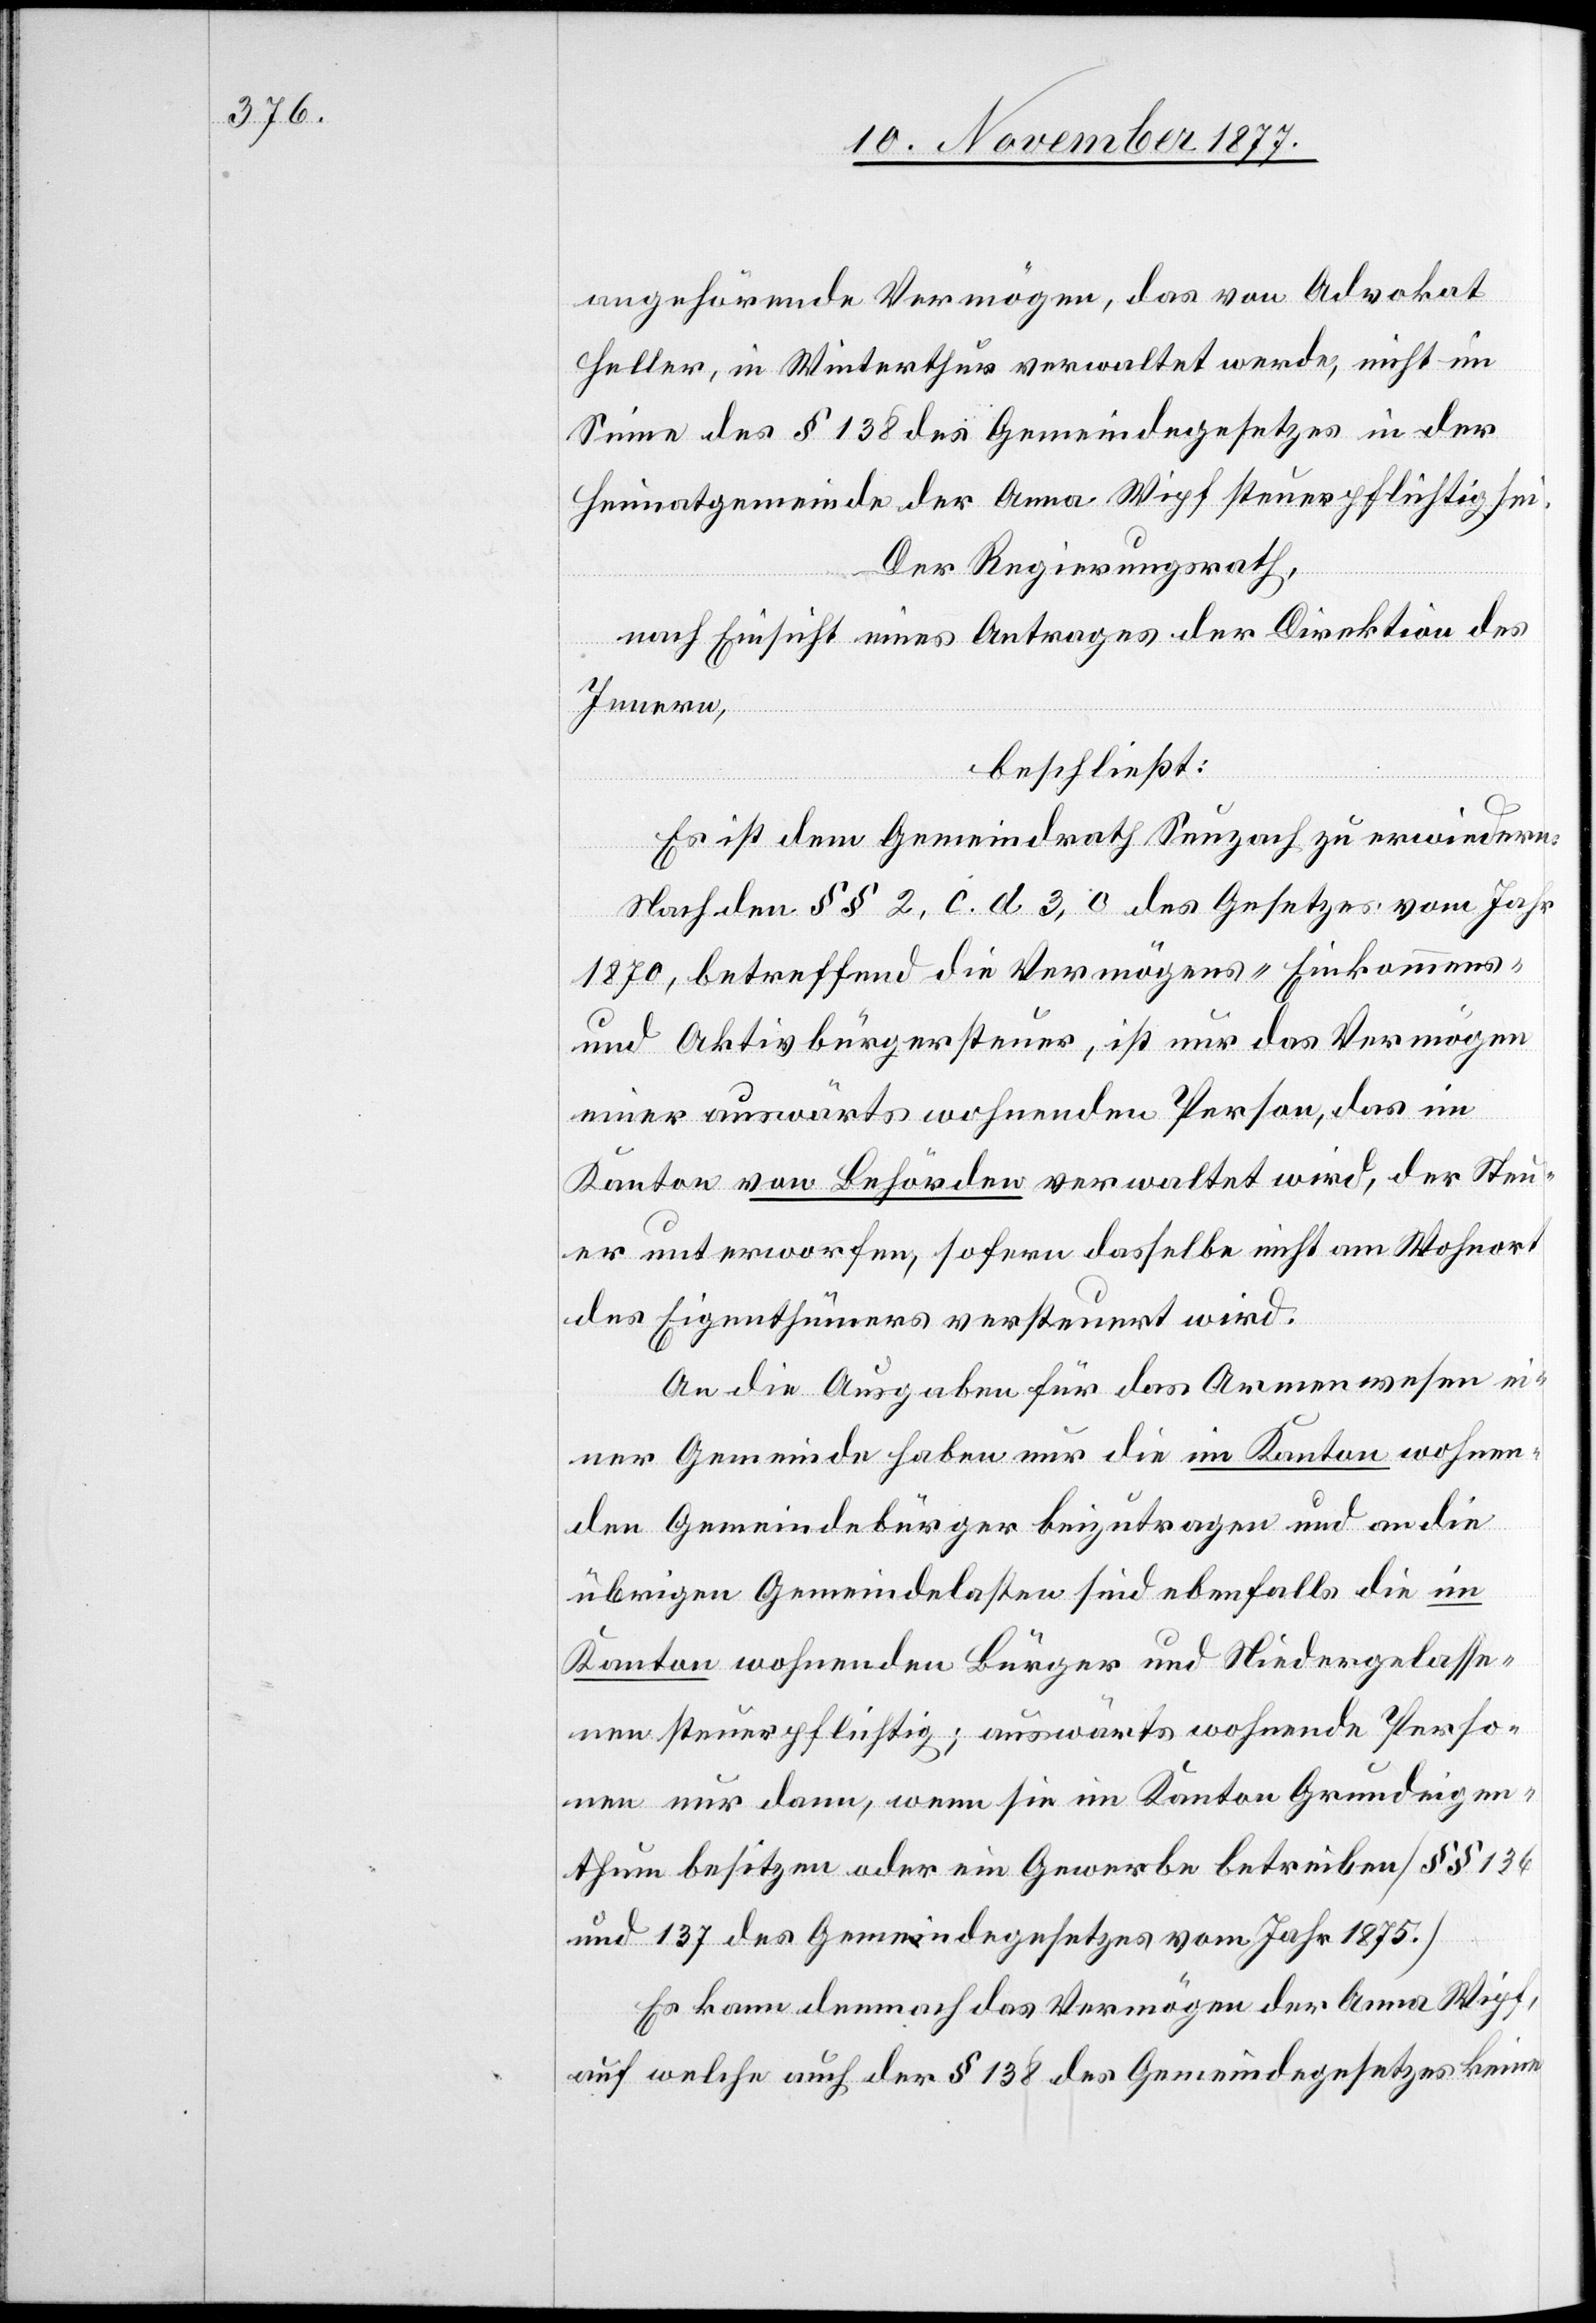
angehörende Vermögen, das von Advokat
Heller, in Winterthur verwaltet werde, nicht im
Sinne des § 138 des Gemeindegesetzes in der
Heimatgemeinde der Anna Wipf steuerpflichtig sei.
Der Regierungsrath,
nach Einsicht eines Antrages der Direktion des
Innern,
beschließt:
Es ist dem Gemeindrath Seuzach zu erwiedern:
Nach den §§ 2, c. d.[,] 3, c des Gesetzes vom Jahr
1870, betreffend die Vermögens-[,] Einkommens-
und Aktivbürgersteuer, ist nur das Vermögen
einer auswärts wohnenden Person, das im
Kanton von Behörden verwaltet wird, der Steu¬
er unterworfen, sofern dasselbe nicht am Wohnort
des Eigenthümers versteuert wird.
An die Ausgaben für das Armenwesen ei¬
ner Gemeinde haben nur die im Kanton wohnen¬
den Gemeindebürger beizutragen und an die
übrigen Gemeindelasten sind ebenfalls die im
Kanton wohnenden Bürger und Niedergelasse¬
nen steuerpflichtig; auswärts wohnende Perso¬
nen nur dann, wenn sie im Kanton Grundeigen¬
thum besitzen oder ein Gewerbe betreiben [§§ 136
und 137 des Gemeindegesetzes vom Jahr 1875.]
Es kann demnach das Vermögen der Anna Wipf,
auf welche auch der § 138 des Gemeindegesetzes keine